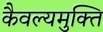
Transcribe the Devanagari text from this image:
कैवल्यमुक्ति